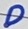
Text: D